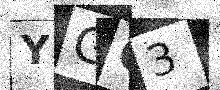
Text: YGO3